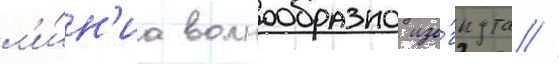
л'и́н'иа волнообразно изо́гнута //